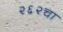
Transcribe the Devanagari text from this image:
२६२चा